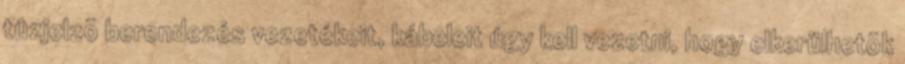
tûzjelzõ berendezés vezetékeit, kábeleit úgy kell vezetni, hogy elkerülhetõk